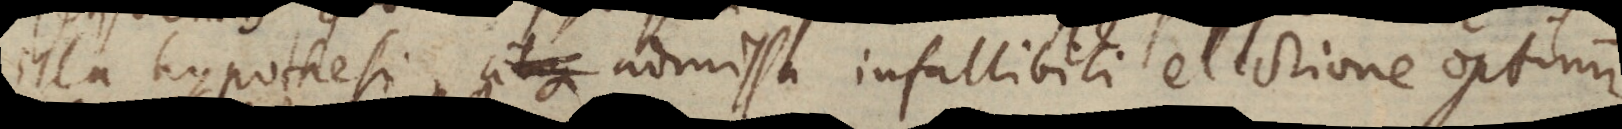
illa hypothesi admissa infallibili electione optimi